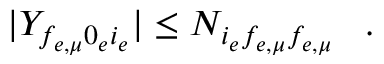
| Y _ { f _ { e , \mu } 0 _ { e } i _ { e } } | \leq N _ { i _ { e } f _ { e , \mu } f _ { e , \mu } } \; \; \; .